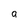
Character: a